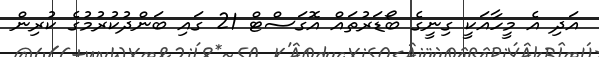
އަދި އެ މީހާއަކީ ގިނީގެ ބޯޑަރުތައް އޮގަސްޓް 21 ގައި ބަންދުކުރުމުގެ ކުރިން